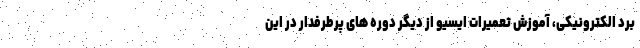
برد الکترونیکی، آموزش تعمیرات ایسیو از دیگر دوره های پرطرفدار در این